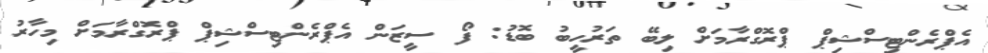
އެޕްރެންޓިސްޝިޕް ޕްރޮގްރާމަށް ލިބޭ ތަރުހީބު ބޮޑު: ފޯ ސީޒަން އެޕްރެންޓިސްޝިޕް ޕްރޮގްރާމަށް މިހާރު